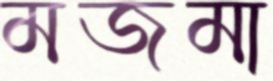
মজমা